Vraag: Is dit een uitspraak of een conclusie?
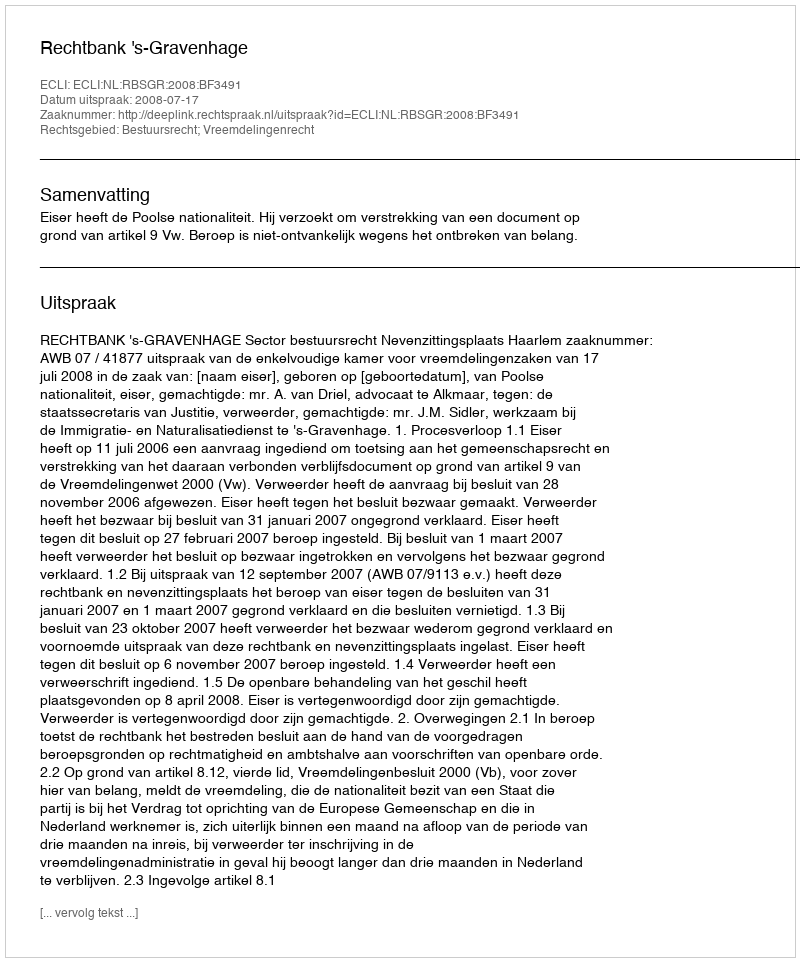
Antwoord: Uitspraak